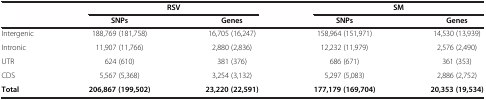
|  | <COLSPAN=2> RSV | <COLSPAN=2> SM |
 |  | SNPs | Genes | SNPs | Genes |
 | --- | --- | --- | --- | --- |
 | Intergenic | 188,769 (181,758) | 16,705 (16,247) | 158,964 (151,971) | 14,530 (13,939) |
 | Intronic | 11,907 (11,766) | 2,880 (2,836) | 12,232 (11,979) | 2,576 (2,490) |
 | UTR | 624 (610) | 381 (376) | 686 (671) | 361 (353) |
 | CDS | 5,567 (5,368) | 3,254 (3,132) | 5,297 (5,083) | 2,886 (2,752) |
 | Total | 206,867 (199,502) | 23,220 (22,591) | 177,179 (169,704) | 20,353 (19,534) |